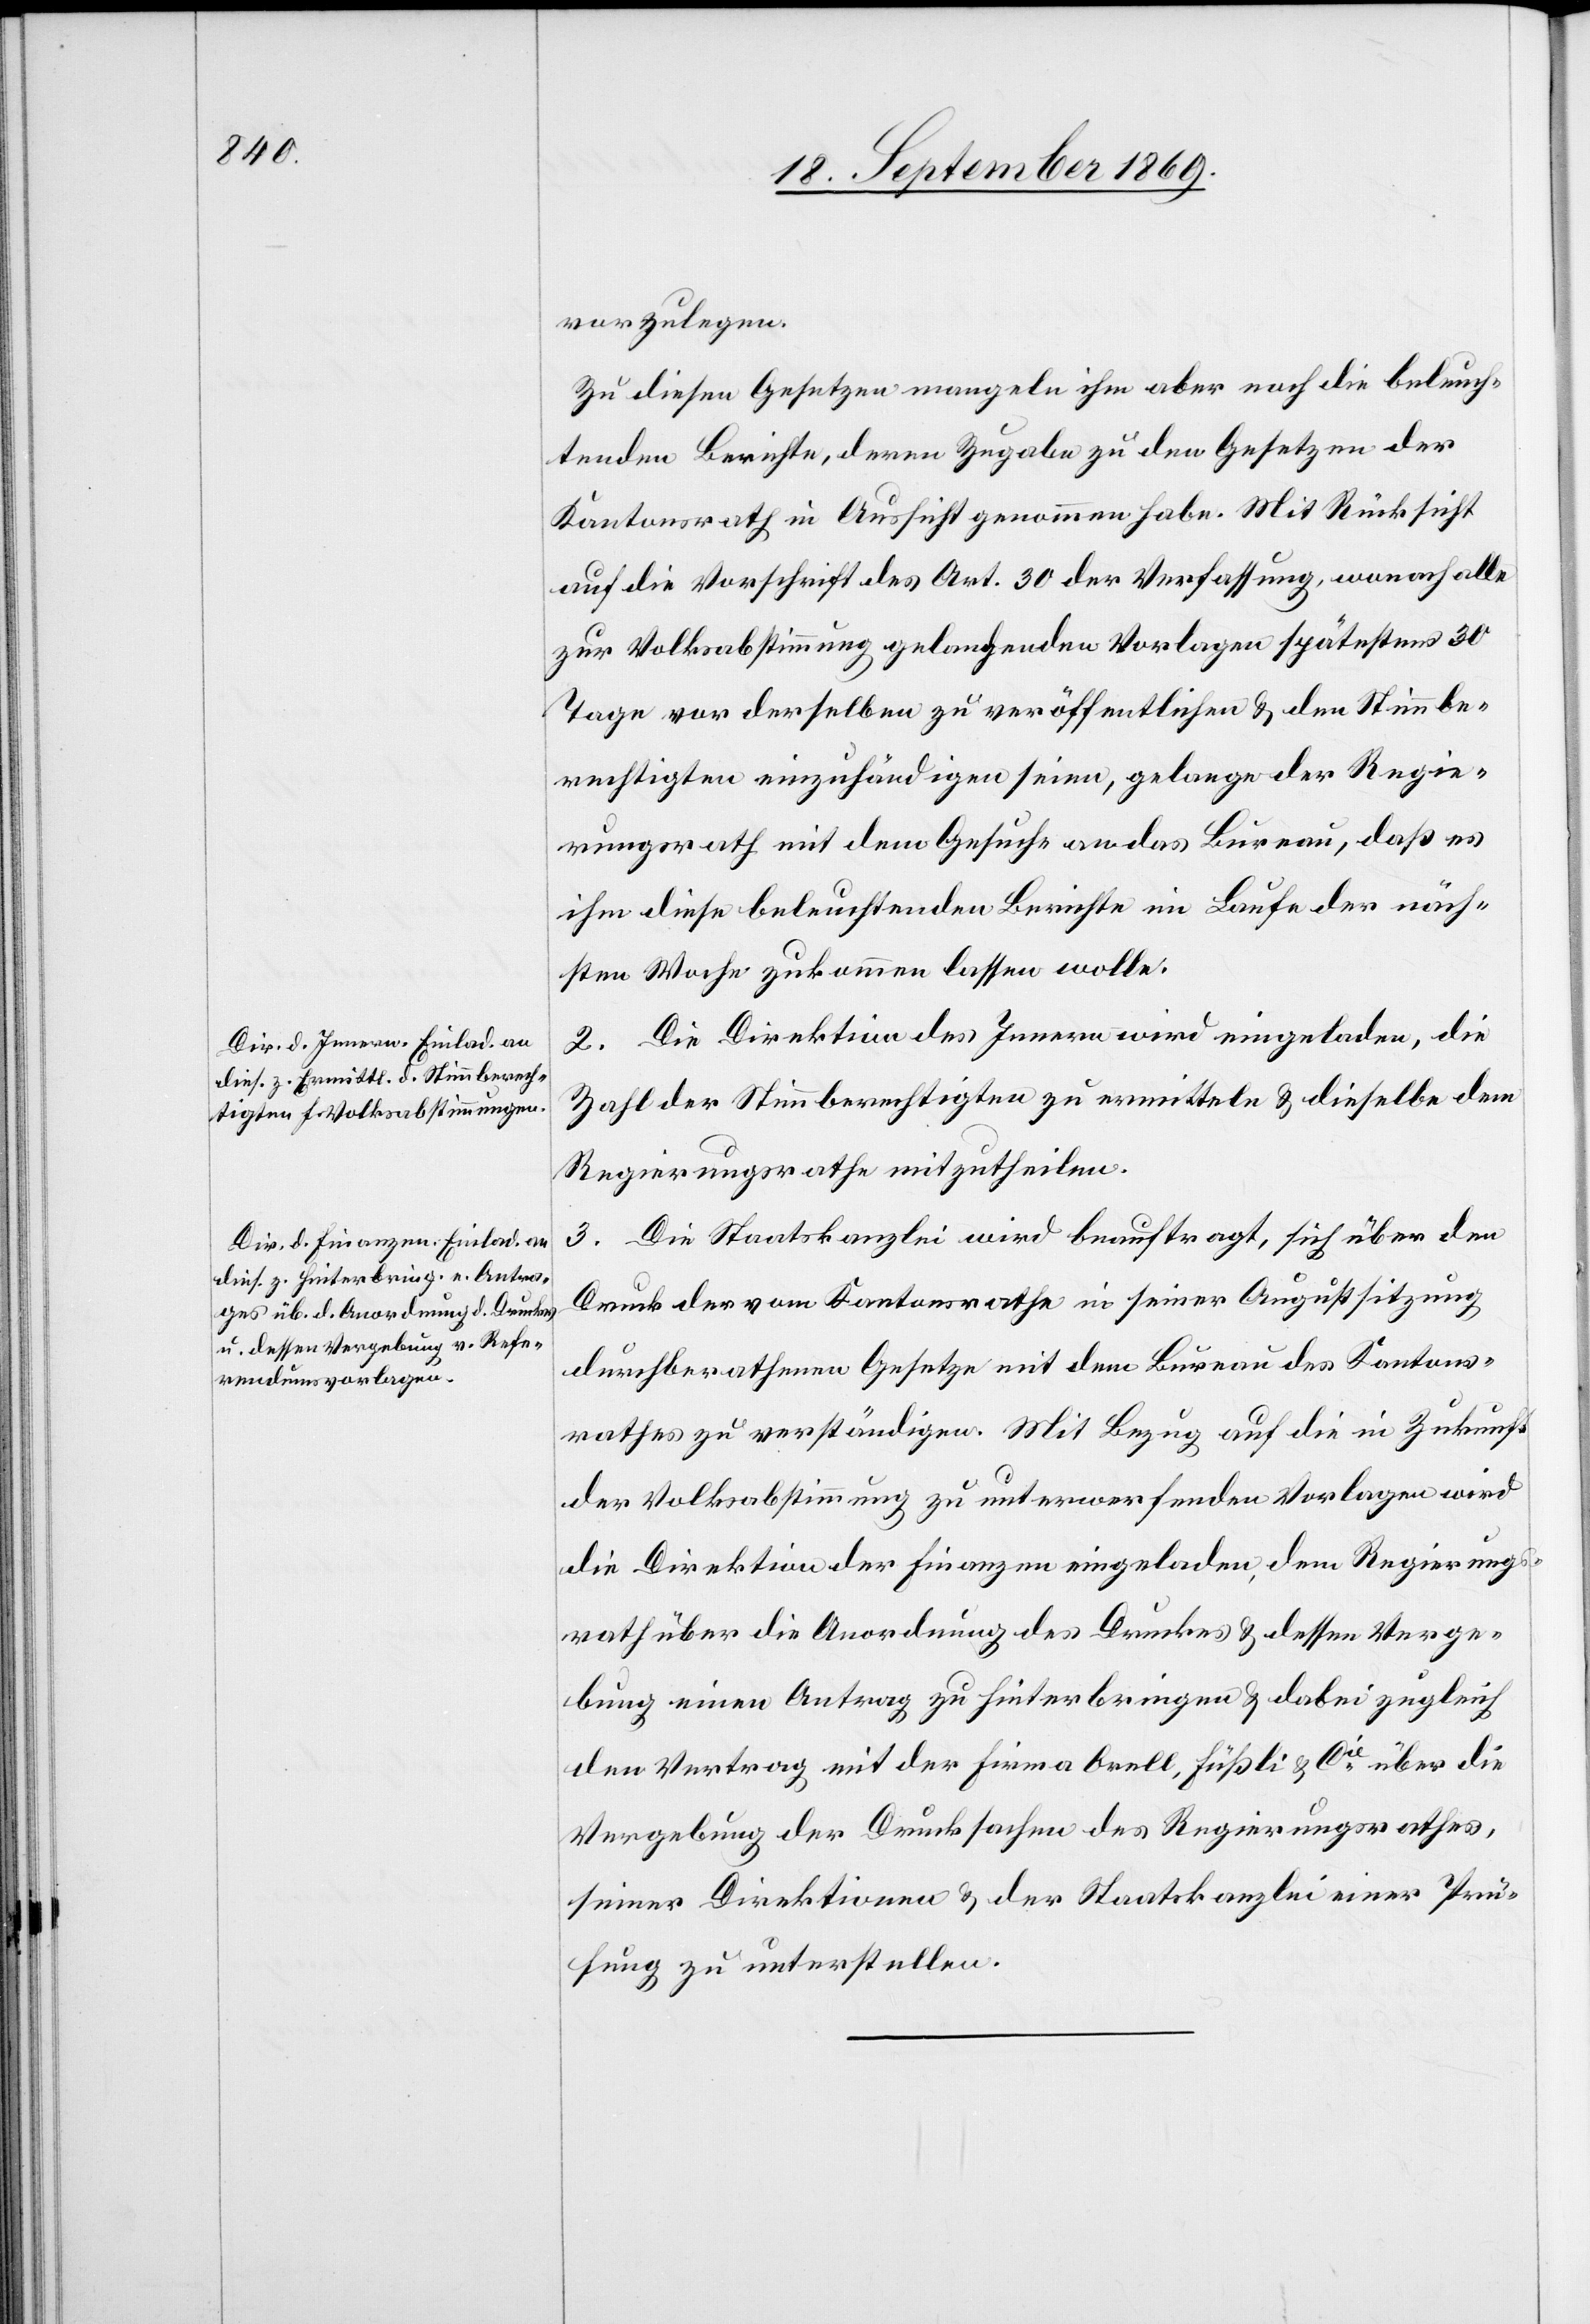
vorzulegen.
Zu diesen Gesetzen mangeln ihm aber noch die beleuch¬
tenden Berichte, deren Zugabe zu den Gesetzen der
Kantonsrath in Aussicht genommen habe. Mit Rücksicht
auf die Vorschrift des Art. 30 der Verfassung, wonach alle
zur Volksabstimmung gelangenden Vorlagen spätestens 30
Tage vor derselben zu veröffentlichen & den Stimmbe¬
rechtigten einzuhändigen seien, gelange der Regie¬
rungsrath mit dem Gesuche an das Bureau, daß es
ihm diese beleuchtenden Berichte im Laufe der näch¬
sten Woche zukommen lassen wolle.
2. Die Direktion des Innern wird eingeladen, die
Zahl der Stimmberechtigten zu ermitteln & dieselbe dem
Regierungsrathe mitzutheilen.
3. Die Staatskanzlei wird beauftragt, sich über den
Druck der vom Kantonsrathe in seiner Augustsitzung
durchberathenen Gesetze mit dem Bureau des Kantons¬
rathes zu verständigen. Mit Bezug auf die in Zukunft
der Volksabstimmung zu unterwerfenden Vorlagen wird
die Direktion der Finanzen eingeladen, dem Regierungs¬
rath über die Anordnung des Druckes & dessen Verge¬
bung einen Antrag zu hinterbringen & dabei zugleich
den Vertrag mit der Firma Orell, Füßli & Cie über die
Vergebung der Drucksachen des Regierungsrathes,
seiner Direktionen & der Staatskanzlei einer Prü¬
fung zu unterstellen.